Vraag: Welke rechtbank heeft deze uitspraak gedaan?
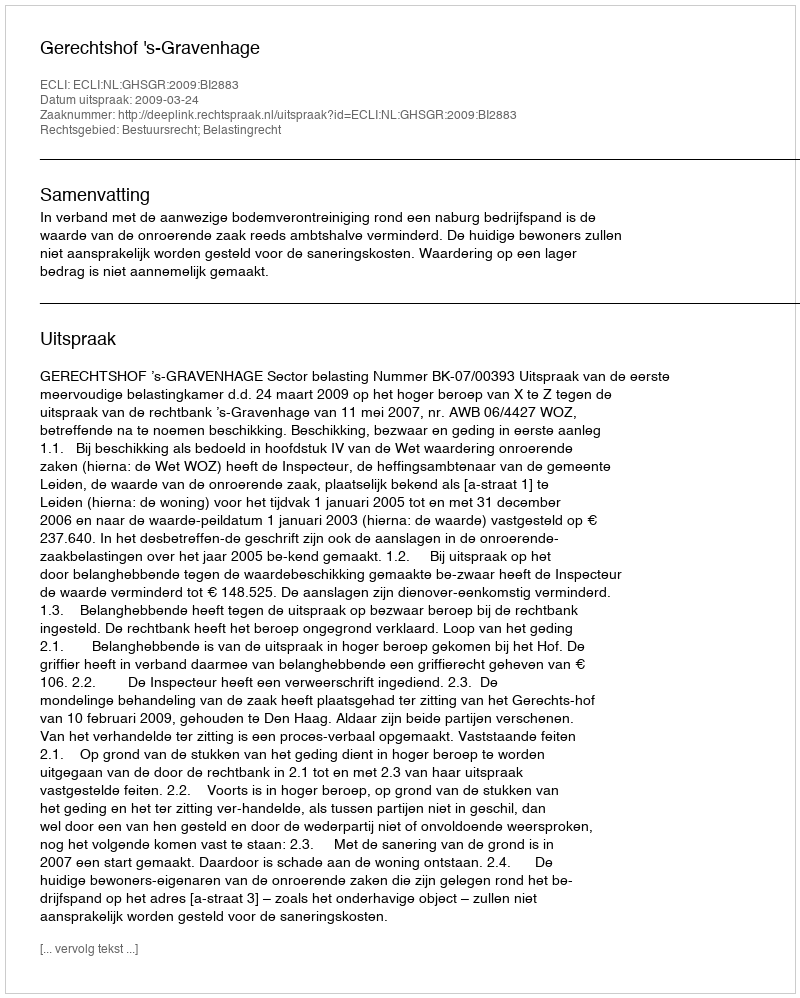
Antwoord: Gerechtshof 's-Gravenhage